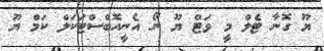
ޔޫ ގޮނާ ޓެލް މީ ވަޓް ޔޫ ނޯ އެނީއޮބްސްޓަކަލް ކަމް ޔޫ